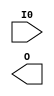
// Copyright (C) 2021  The Symbiflow Authors.
//
// Use of this source code is governed by a ISC-style
// license that can be found in the LICENSE file or at
// https://opensource.org/licenses/ISC
//
// SPDX-License-Identifier: ISC


module LUT1(input I0, output O);
  parameter [1:0] INIT = 2'h0;
endmodule
module LUT2(input I0, I1, output O);
  parameter [3:0] INIT = 4'h0;
endmodule
module LUT3(input I0, I1, I2, output O);
  parameter [7:0] INIT = 8'h00;
endmodule
module LUT4(input I0, I1, I2, I3, output O);
  parameter [15:0] INIT = 16'h0000;
endmodule
module IB(input P, output I); endmodule
module OB(input O, output P); endmodule
module DFFR(input D, C, R, output Q); endmodule
module DFFS(input D, C, S, output Q); endmodule
module VCC(output V); endmodule
module GND(output G); endmodule